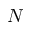
N